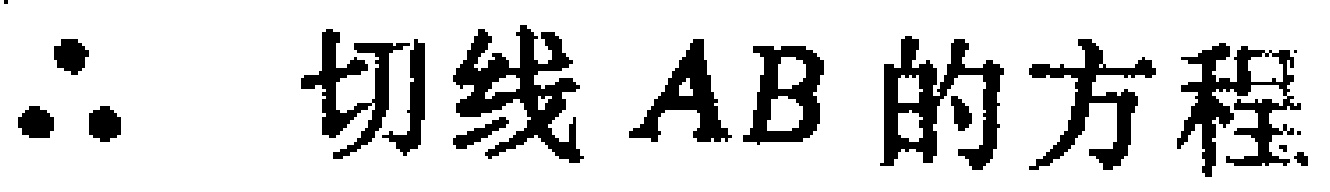
\(\therefore\) 切线 \(AB\) 的方程